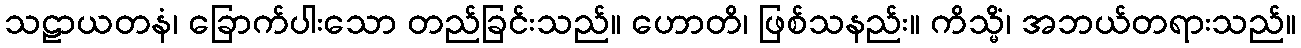
သဠာယတနံ၊ ခြောက်ပါးသော တည်ခြင်းသည်။ ဟောတိ၊ ဖြစ်သနည်း။ ကိသ္မိံ၊ အဘယ်တရားသည်။